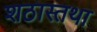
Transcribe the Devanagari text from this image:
शठास्तथा